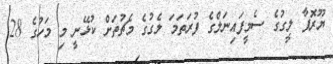
ޔޫރޮޕާ ލީގުގެ ސެމީފައިނަލްގެ ފުރަތަމަ ލެގުގެ މެޗުތަށް ކުޅޭނީ މި މަހުގެ 28